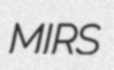
MIRS